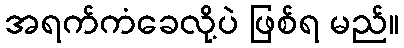
အရက်ကံခေလို့ပဲ ဖြစ်ရ မည်။